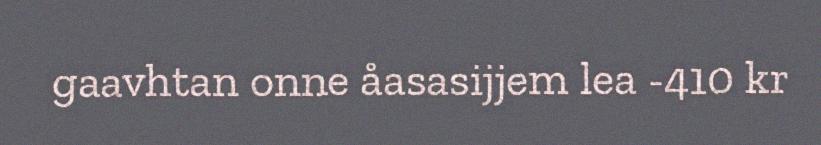
gaavhtan onne åasasijjem lea -410 kr